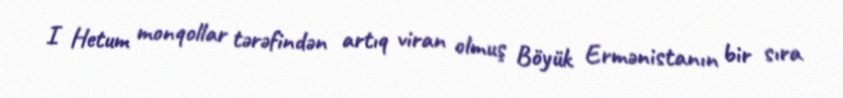
I Hetum monqollar tərəfindən artıq viran olmuş Böyük Ermənistanın bir sıra